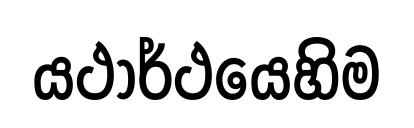
යථාර්ථයෙහිම